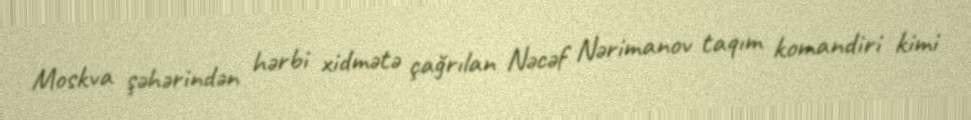
Moskva şəhərindən hərbi xidmətə çağrılan Nəcəf Nərimanov taqım komandiri kimi